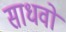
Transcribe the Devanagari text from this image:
साधवो